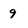
Character: 9